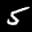
Label: 5